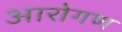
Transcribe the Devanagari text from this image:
आरोगण